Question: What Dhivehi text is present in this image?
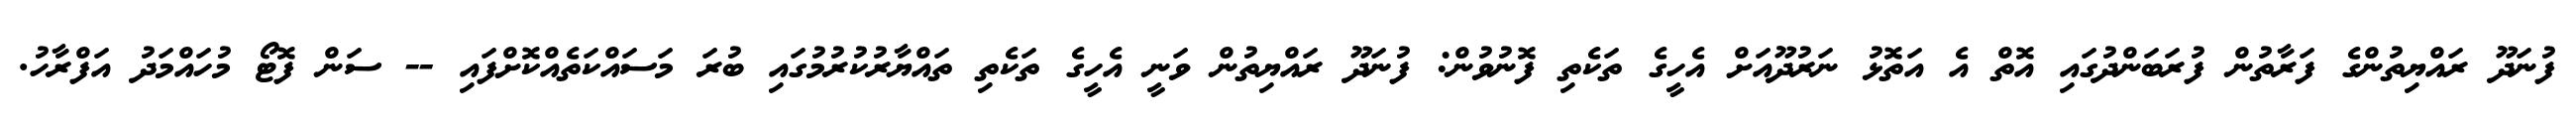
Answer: ފުނަދޫ ރައްޔިތުންގެ ފަރާތުން ފުރަބަންދުގައި އޮތް އެ އަތޮޅު ނަރުދޫއަށް އެހީގެ ތަކެތި ފޮނުވުން: ފުނަދޫ ރައްޔިތުން ވަނީ އެހީގެ ތަކެތި ތައްޔާރުކުރުމުގައި ބުރަ މަސައްކަތެއްކޮށްފައި -- ސަން ފޮޓޯ މުހައްމަދު އަފްރާހު.